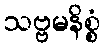
သဗ္ဗမနိစ္စံ